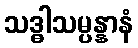
သဒ္ဓါသမ္ပန္နာနံ